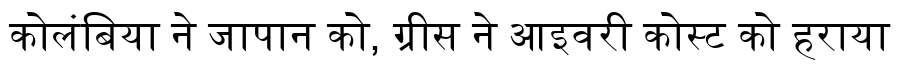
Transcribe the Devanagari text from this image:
कोलंबिया ने जापान को, ग्रीस ने आइवरी कोस्ट को हराया